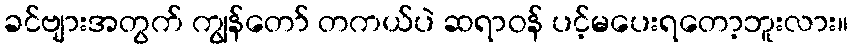
ခင်ဗျားအတွက် ကျွန်တော် တကယ်ပဲ ဆရာဝန် ပင့်မပေးရတော့ဘူးလား။